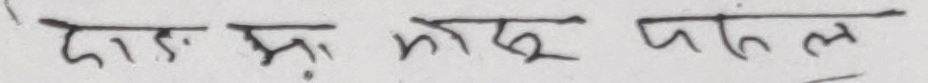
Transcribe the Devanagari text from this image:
दा.स. भद्र पातल